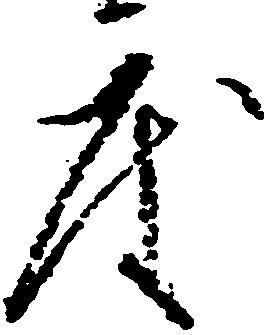
度